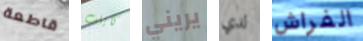
قاطعة كايلب يريني لدي الفراش